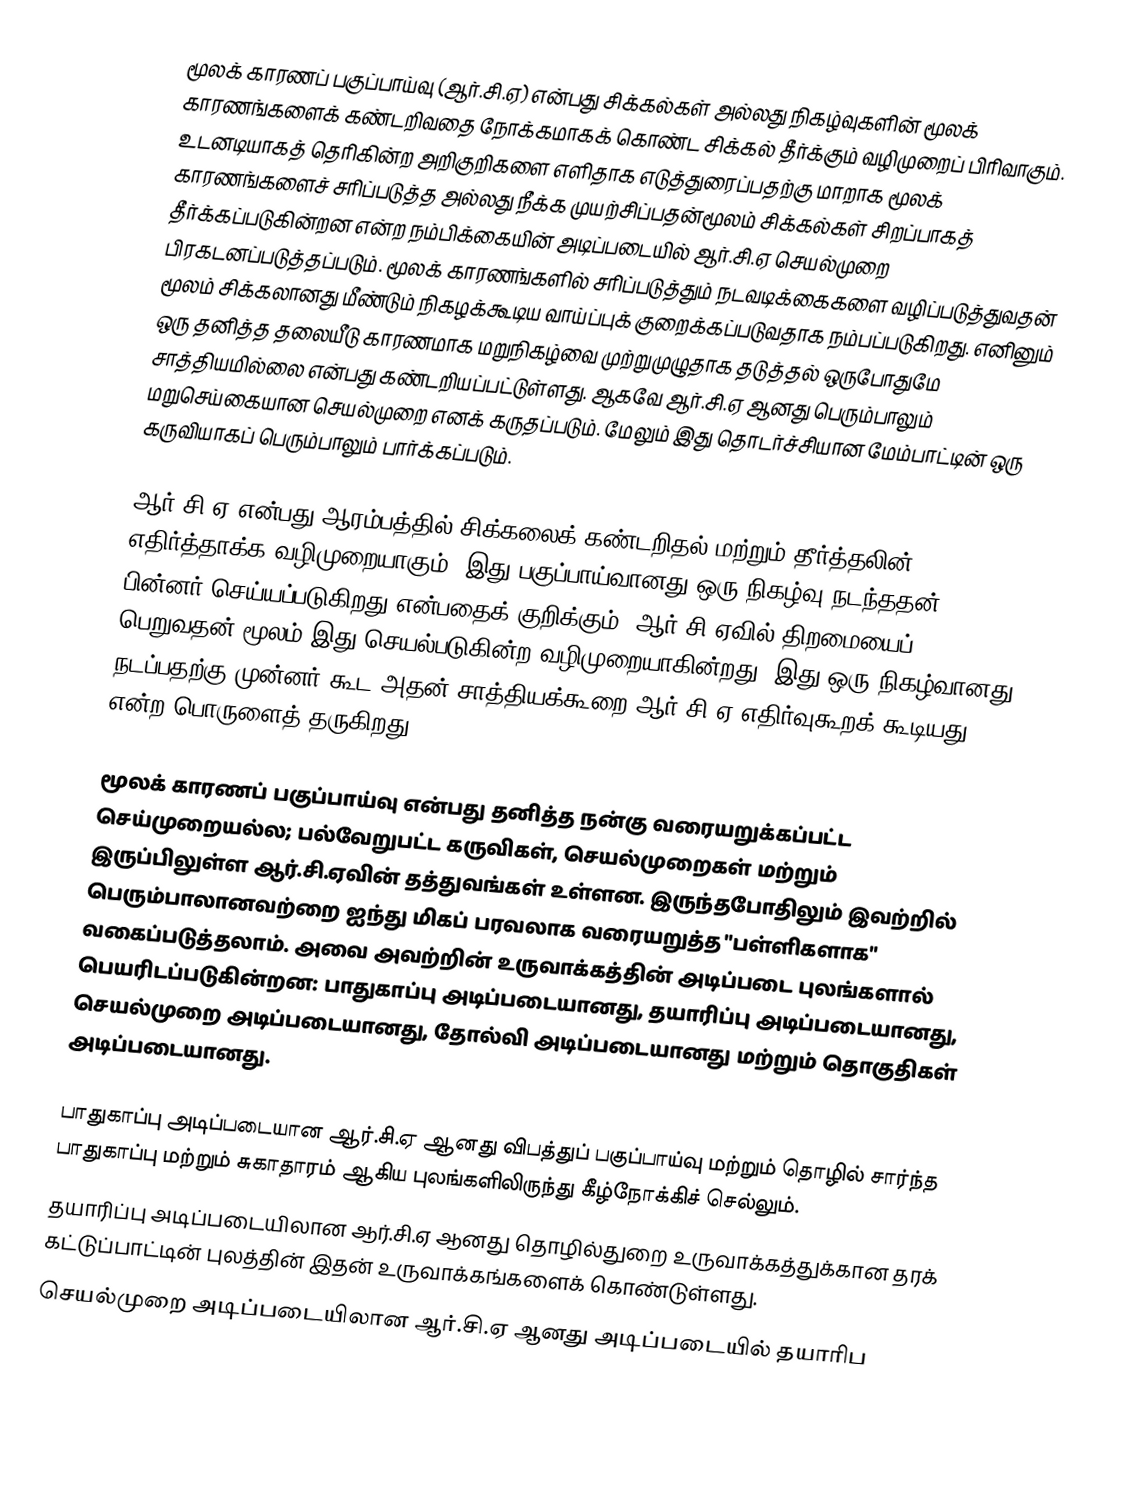
மூலக் காரணப் பகுப்பாய்வு (ஆர்.சி.ஏ) என்பது சிக்கல்கள் அல்லது நிகழ்வுகளின் மூலக் காரணங்களைக் கண்டறிவதை நோக்கமாகக் கொண்ட சிக்கல் தீர்க்கும் வழிமுறைப் பிரிவாகும். உடனடியாகத் தெரிகின்ற அறிகுறிகளை எளிதாக எடுத்துரைப்பதற்கு மாறாக மூலக் காரணங்களைச் சரிப்படுத்த அல்லது நீக்க முயற்சிப்பதன்மூலம் சிக்கல்கள் சிறப்பாகத் தீர்க்கப்படுகின்றன என்ற நம்பிக்கையின் அடிப்படையில் ஆர்.சி.ஏ செயல்முறை பிரகடனப்படுத்தப்படும். மூலக் காரணங்களில் சரிப்படுத்தும் நடவடிக்கைகளை வழிப்படுத்துவதன் மூலம் சிக்கலானது மீண்டும் நிகழக்கூடிய வாய்ப்புக் குறைக்கப்படுவதாக நம்பப்படுகிறது. எனினும் ஒரு தனித்த தலையீடு காரணமாக மறுநிகழ்வை முற்றுமுழுதாக தடுத்தல் ஒருபோதுமே சாத்தியமில்லை என்பது கண்டறியப்பட்டுள்ளது. ஆகவே ஆர்.சி.ஏ ஆனது பெரும்பாலும் மறுசெய்கையான செயல்முறை எனக் கருதப்படும். மேலும் இது தொடர்ச்சியான மேம்பாட்டின் ஒரு கருவியாகப் பெரும்பாலும் பார்க்கப்படும்.

ஆர்.சி.ஏ என்பது ஆரம்பத்தில் சிக்கலைக் கண்டறிதல் மற்றும் தீர்த்தலின் எதிர்த்தாக்க வழிமுறையாகும். இது பகுப்பாய்வானது ஒரு நிகழ்வு நடந்ததன் பின்னர் செய்யப்படுகிறது என்பதைக் குறிக்கும். ஆர்.சி.ஏவில் திறமையைப் பெறுவதன் மூலம் இது செயல்படுகின்ற வழிமுறையாகின்றது. இது ஒரு நிகழ்வானது நடப்பதற்கு முன்னர் கூட அதன் சாத்தியக்கூறை ஆர்.சி.ஏ எதிர்வுகூறக் கூடியது என்ற பொருளைத் தருகிறது.

மூலக் காரணப் பகுப்பாய்வு என்பது தனித்த நன்கு வரையறுக்கப்பட்ட செய்முறையல்ல; பல்வேறுபட்ட கருவிகள், செயல்முறைகள் மற்றும் இருப்பிலுள்ள ஆர்.சி.ஏவின் தத்துவங்கள் உள்ளன. இருந்தபோதிலும் இவற்றில் பெரும்பாலானவற்றை ஐந்து மிகப் பரவலாக வரையறுத்த "பள்ளிகளாக" வகைப்படுத்தலாம். அவை அவற்றின் உருவாக்கத்தின் அடிப்படை புலங்களால் பெயரிடப்படுகின்றன: பாதுகாப்பு அடிப்படையானது, தயாரிப்பு அடிப்படையானது, செயல்முறை அடிப்படையானது, தோல்வி அடிப்படையானது மற்றும் தொகுதிகள் அடிப்படையானது.

 பாதுகாப்பு அடிப்படையான ஆர்.சி.ஏ ஆனது விபத்துப் பகுப்பாய்வு மற்றும் தொழில் சார்ந்த பாதுகாப்பு மற்றும் சுகாதாரம் ஆகிய புலங்களிலிருந்து கீழ்நோக்கிச் செல்லும்.
 தயாரிப்பு அடிப்படையிலான ஆர்.சி.ஏ ஆனது தொழில்துறை உருவாக்கத்துக்கான தரக் கட்டுப்பாட்டின் புலத்தின் இதன் உருவாக்கங்களைக் கொண்டுள்ளது.
 செயல்முறை அடிப்படையிலான ஆர்.சி.ஏ ஆனது அடிப்படையில் தயாரிப